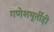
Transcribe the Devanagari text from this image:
गणेशमूर्तीही